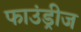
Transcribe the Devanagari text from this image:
फाउंड्रीज